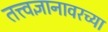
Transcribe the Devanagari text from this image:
तत्त्वज्ञानावरच्या